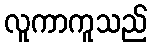
လူကာကူသည်